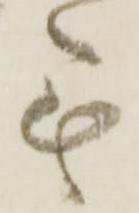
無